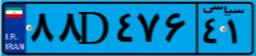
۸۸D۴۷۶۴۱